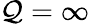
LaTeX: \mathcal{Q}=\infty